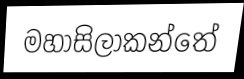
මහාසිලාකන්තේ